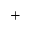
^ +